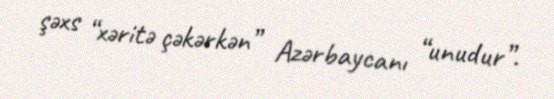
şəxs “xəritə çəkərkən” Azərbaycanı “unudur”.